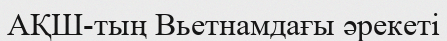
АҚШ-тың Вьетнамдағы әрекеті